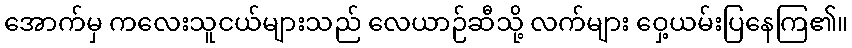
အောက်မှ ကလေးသူငယ်များသည် လေယာဉ်ဆီသို့ လက်များ ဝှေ့ယမ်းပြနေကြ၏။